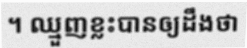
។ ឈ្មួញខ្លះបានឲ្យដឹងថា